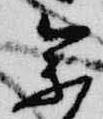
参